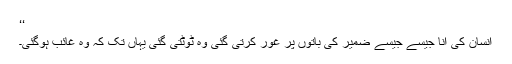
‘‘
انسان کی انا جیسے جیسے ضمیر کی باتوں پر غور کرتی گئی وہ ٹوٹتی گئی یہاں تک کہ وہ غائب ہوگئی۔